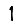
Digit: 1